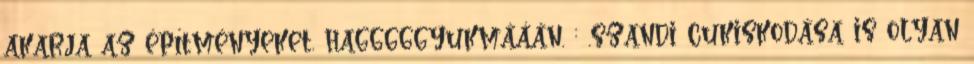
akarja az építményeket. hagggggyukmááán. : .szandi cukiskodása is olyan